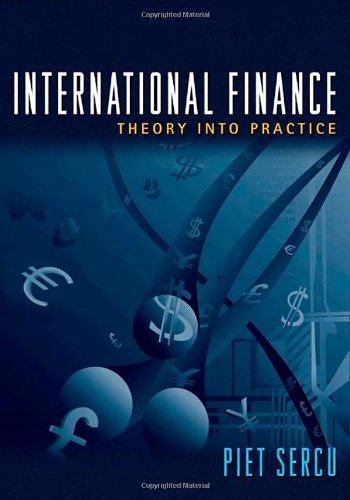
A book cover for International Finance: Theory into Practice; Piet Sercu; Business & Money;